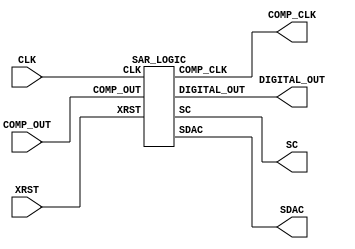
`default_nettype none

//`define USE_POWER_PINS
`define HIGH 1'b1
`define LOW 1'b0
`define BIT_ADC 4'd8

module user_proj_sarlogic #(
    parameter BITS = 16
)(
`ifdef USE_POWER_PINS
    //inout vccd1,
    inout vdda1, // User area 1 3.3V supply
    inout vssd1, // User area 1 digital ground
`endif
    // Wishbone Slave ports (WB MI A)
    //input wb_clk_i,
    //input wb_rst_i,

    // IOs
    //input  [BITS-1:0] io_in,
    //output [BITS-1:0] io_out,
    //output [BITS-1:0] io_oeb
    input CLK, XRST,
    input COMP_OUT,
    output DIGITAL_OUT, COMP_CLK, SC,
    output [`BIT_ADC:0] SDAC
);

    // IO
    //sassign io_oeb[15:0] = 16'b0000_0000_0000_1111;
    //assign io_out[3:0] = 4'b0000;

    SAR_LOGIC DUT(
        .COMP_OUT (COMP_OUT),       // 1bit input
        .DIGITAL_OUT (DIGITAL_OUT), // 1bit output
        .COMP_CLK (COMP_CLK),       // 1bit output
        .SC (SC),                   // 1bit output
        .SDAC (SDAC),               // 9bit output
        .CLK (CLK),            // 1bit input
        .XRST (XRST)            // 1bit input
        //.vdda1 (vdda1),           // 1bit input
        //.vssd1 (vssd1)            // 1bit input
    );

endmodule

// SAR
// (1bit A/D) : 8MHz
//
// COMP_OUT : (CLKLow)
// DIGITAL_OUT : 1bit A/D
// COMP_CLK : CLK(SARCLK)
// SC : CDACGNDSWHIGHGND
// SDAC : CDACVrefGNDSWLOWGNDHIGHVref
//        BIT_ADC+1SWMSBCDACLSB
// CLK : PLLCLK(48MHz)
// XRST : Reset
// VDD : 
// VSS : GND
//module SAR_LOGIC(COMP_OUT, DIGITAL_OUT, COMP_CLK, SC, SD, S0, S1, S2, S3, S4, S5, S6, S7, CLK, XRST, VDD, VSS);
//module SAR_LOGIC(COMP_OUT, DIGITAL_OUT, COMP_CLK, SC, SDAC, CLK, XRST, vdda1, vssd1);
module SAR_LOGIC(COMP_OUT, DIGITAL_OUT, COMP_CLK, SC, SDAC, CLK, XRST);
    input COMP_OUT;
    //input CLK, XRST, vdda1, vssd1;
    input CLK, XRST;
    output DIGITAL_OUT, COMP_CLK, SC;
    output [`BIT_ADC:0] SDAC;

    reg DIGITAL_OUT, COMP_CLK, SC;
    reg [`BIT_ADC:0] SDAC, SDAC_NEXT;
    reg [2:0] state;    // 48MHz / 8MHz = 6 3bit
    reg [2:0] ADCount;  // 1bit A/D+1 8bit A/D3bit

    // state transition
    always @(posedge CLK or negedge XRST) begin
        if( XRST == `LOW ) begin
            state <= 0;
        end else if( state == 3'd6 ) begin
            state <= 1;
        end else begin
            state <= state + 1;
        end
    end

    // count the number of A/D times
    always @(posedge CLK or negedge XRST) begin
        if( XRST == `LOW ) begin
            ADCount <= 0;
        end else if( state == 3'd6 ) begin
            if ( ADCount == `BIT_ADC - 1 ) begin
                ADCount <= 0;
            end else begin
                ADCount <= ADCount + 1;
            end
        end
    end

    // each state operation
    always @(posedge CLK or negedge XRST) begin
        if( XRST == `LOW ) begin
            DIGITAL_OUT <= `LOW;
            COMP_CLK <= `LOW;
            SC <= `HIGH;
            SDAC <= 0;
            SDAC_NEXT <= 1 << `BIT_ADC;  // only MSB is HIGH, meaning Vinn = Vref / 2
        end else if( state == 3'd1) begin
            // CDAC Reset, CLK@Comparator Low
            COMP_CLK <= `LOW;
            SC <= `HIGH;
            SDAC <= 0;
        end else if( state == 3'd2) begin
            // Sc OFF(Vinn = Hi-Z)
            SC <= `LOW;
        end else if( state == 3'd3) begin
            // ref GEN.
            SDAC <= SDAC_NEXT;
        end else if( state == 3'd4) begin
            // CLK@Comparator High
            COMP_CLK <= `HIGH;
        end else if( state == 3'd5) begin
            DIGITAL_OUT <= COMP_OUT;
            SDAC_NEXT <= next_SDAC(COMP_OUT, ADCount, SDAC);
        end
        //else if( state == 3'd6) begin
        //end
    end

    // determin next SDAC(SW state of CDAC) depenging on COMP_OUT(actually output of latch)
    function [`BIT_ADC:0] next_SDAC;
        input COMP_OUT;
        input [2:0] ADCount;
        input [`BIT_ADC:0] SDAC_now;

        if ( ADCount == `BIT_ADC - 1 ) begin    // LSB A/D converting now
            next_SDAC = 1 << `BIT_ADC;          // only MSB is HIGH, meaning Vinn = Vref / 2
        end else if( COMP_OUT == 0 ) begin
            next_SDAC = SDAC_now;
            next_SDAC[`BIT_ADC - ADCount] = 0;
            next_SDAC[`BIT_ADC - (ADCount + 1)] = 1;
        end else begin
            next_SDAC = SDAC_now;
            next_SDAC[`BIT_ADC - (ADCount + 1)] = 1;
        end

    endfunction
endmodule

`default_nettype wire